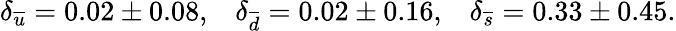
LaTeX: \delta_{\overline{{{u}}}}=0.02\pm 0.08,\; \; \; \delta_{\overline{{{d}}}}=0.02\pm 0.16,\; \; \; \delta_{\overline{{{s}}}}=0.33\pm 0.45.